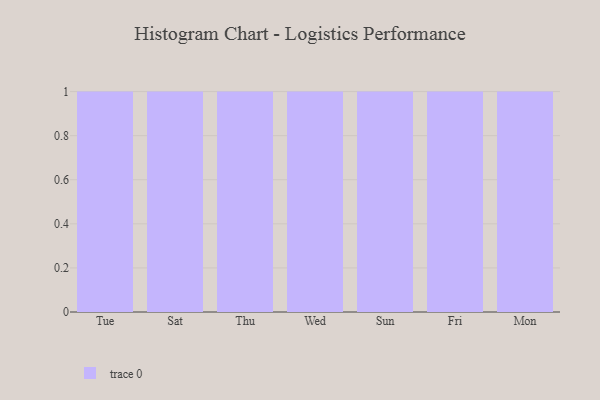
{"axis": {"x": "Day", "y": "Latency (ms)"}, "legend": [""], "data": [{"x": "Tue", "y": 61, "type": ""}, {"x": "Sat", "y": 41, "type": ""}, {"x": "Thu", "y": 34, "type": ""}, {"x": "Wed", "y": 56, "type": ""}, {"x": "Sun", "y": 58, "type": ""}, {"x": "Fri", "y": 12, "type": ""}, {"x": "Mon", "y": 14, "type": ""}]}